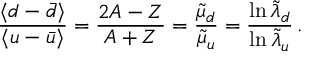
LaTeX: \frac { \langle d - \bar { d } \rangle } { \langle u - \bar { u } \rangle } = \frac { 2 A - Z } { A + Z } = \frac { \tilde { \mu } _ { d } } { \tilde { \mu } _ { u } } = \frac { \ln \tilde { \lambda } _ { d } } { \ln \tilde { \lambda } _ { u } } \, .